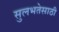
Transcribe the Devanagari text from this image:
सुलभतेसाठी